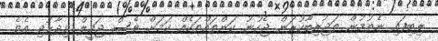
ލިބިފައި ނެތުމުން ތަޖުރިބާކުރަން ޖެހުނު ކަންތައްތަކެއް ކަމަށް ވެސް ޖަމީލް ވިދާޅުވި އެވެ.